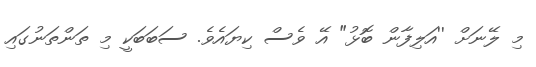
މި ލޭނަށް ''އަލިފާން ބޮޅު" އޭ ވެސް ކިޔައެވެ. ސަބަބަކީ މި ތަންތަނުގައި